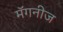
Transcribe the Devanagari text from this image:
मॅगनीज